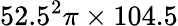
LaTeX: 52.5^{2}\pi\times 104.5